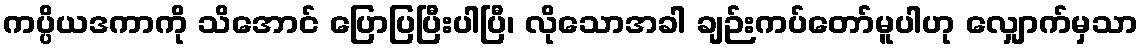
ကပ္ပိယဒကာကို သိအောင် ပြောပြပြီးပါပြီ၊ လိုသောအခါ ချဉ်းကပ်တော်မူပါဟု လျှောက်မှသာ